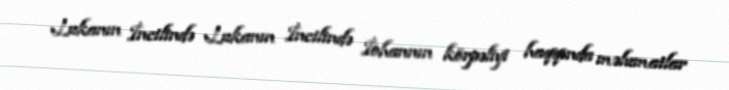
Lukanın İncilində Lukanın İncilində İohannın körpəliyi haqqında məlumatlar